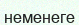
неменеге